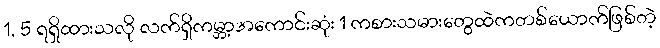
1, 5 ရရှိထားသလို လက်ရှိကမ္ဘာ့အကောင်းဆုံး 1 ကစားသမားတွေထဲကတစ်ယောက်ဖြစ်တဲ့